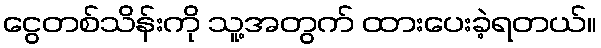
ငွေတစ်သိန်းကို သူ့အတွက် ထားပေးခဲ့ရတယ်။